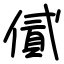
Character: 㒃